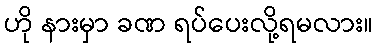
ဟို နားမှာ ခဏ ရပ်ပေးလို့ရမလား။